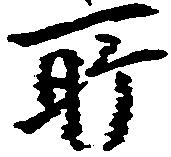
所